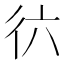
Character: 𢓌